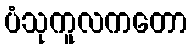
ပံသုကူလကတော